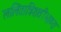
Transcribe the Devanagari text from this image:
ललितात्रिशतीभाष्य